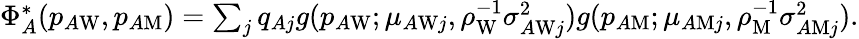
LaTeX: \begin{array}{r}{\Phi_{A}^{*}(p_{A\mathrm{W}},p_{A\mathrm{M}})=\sum_{j}q_{Aj}g(p_{A\mathrm{W}};\mu_{A\mathrm{W}j},\rho_{\mathrm{W}}^{-1}\sigma_{A\mathrm{W}j}^{2})g(p_{A\mathrm{M}};\mu_{A\mathrm{M}j},\rho_{\mathrm{M}}^{-1}\sigma_{A\mathrm{M}j}^{2}).}\end{array}